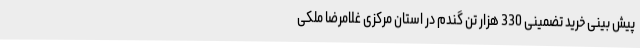
پیش بینی خرید تضمینی 330 هزار تن گندم در استان مرکزی غلامرضا ملکی